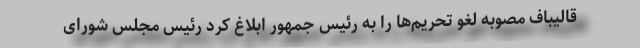
قالیباف مصوبه لغو تحریم‌ها را به رئیس جمهور ابلاغ کرد رئیس مجلس شورای